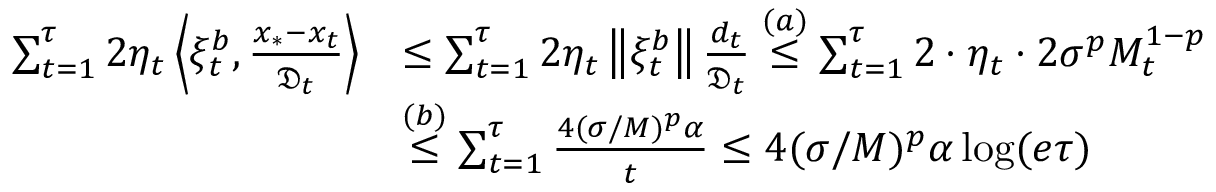
\begin{array} { r l } { \sum _ { t = 1 } ^ { \tau } 2 \eta _ { t } \left\langle \xi _ { t } ^ { b } , \frac { x _ { * } - x _ { t } } { \mathfrak { D } _ { t } } \right\rangle } & { \leq \sum _ { t = 1 } ^ { \tau } 2 \eta _ { t } \left\Vert \xi _ { t } ^ { b } \right\Vert \frac { d _ { t } } { \mathfrak { D } _ { t } } \overset { ( a ) } { \leq } \sum _ { t = 1 } ^ { \tau } 2 \cdot \eta _ { t } \cdot 2 \sigma ^ { p } M _ { t } ^ { 1 - p } } \\ & { \overset { ( b ) } { \leq } \sum _ { t = 1 } ^ { \tau } \frac { 4 ( \sigma / M ) ^ { p } \alpha } { t } \leq 4 ( \sigma / M ) ^ { p } \alpha \log ( e \tau ) } \end{array}